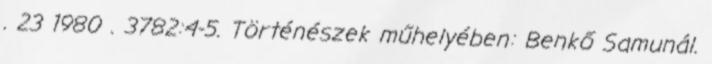
. 23 1980 . 3782:4-5. Történészek műhelyében: Benkő Samunál.